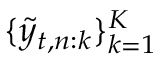
\{ \tilde { y } _ { t , n : k } \} _ { k = 1 } ^ { K }